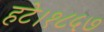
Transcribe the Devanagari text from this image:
हटे।१८५७